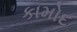
કામોદ